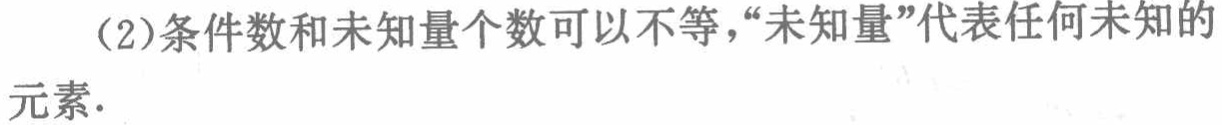
（2）条件数和未知量个数可以不等，“未知量”代表任何未知的元素.